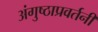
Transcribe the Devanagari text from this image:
अंगुष्ठाप्रवर्तनी